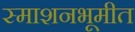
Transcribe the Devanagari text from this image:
स्माशनभूमीत